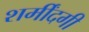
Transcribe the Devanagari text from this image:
शर्मींदगी